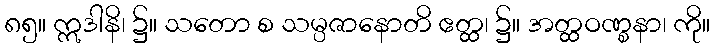
၈၅။ ဣဒါနိ၊ ၌။ သတော စ သမ္ပဇာနောတိ ဧတ္ထ၊ ၌။ အတ္ထဝဏ္စနာ၊ ကို။